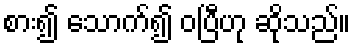
စား၍ သောက်၍ ဝပြီဟု ဆိုသည်။